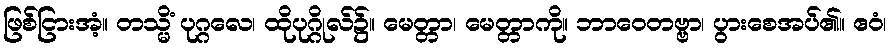
ဖြစ်ငြားအံ့။ တသ္မိံ ပုဂ္ဂလေ၊ ထိုပုဂ္ဂိုလ်၌။ မေတ္တာ၊ မေတ္တာကို။ ဘာဝေတဗ္ဗာ၊ ပွားစေအပ်၏။ ဧဝံ၊